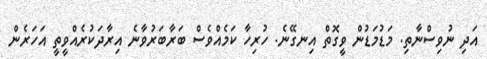
އަދި ނުވިސްނާތި. މަޑުމަޑުން ވީގޮތް އިނގޭނެ. ހުރިހާ ކަމެއްވެސް ބަރާބަރުވާނެ އިރާދަކުރެއްވީތީ އަހަރެން